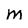
Character: m